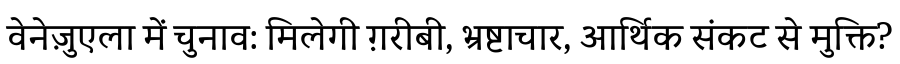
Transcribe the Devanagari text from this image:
वेनेज़ुएला में चुनाव: मिलेगी ग़रीबी, भ्रष्टाचार, आर्थिक संकट से मुक्ति?